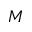
M